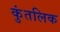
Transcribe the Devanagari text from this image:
कुंतलिक